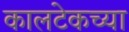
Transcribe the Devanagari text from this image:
कालटेकच्या